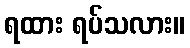
ရထား ရပ်သလား။